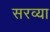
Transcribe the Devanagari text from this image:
सरव्या